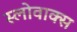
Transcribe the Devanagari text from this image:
स्लोवाक्स